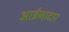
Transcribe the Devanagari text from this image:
आईनादार